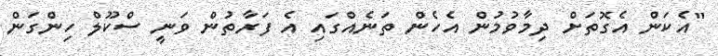
"އެކަން އެގޮތަށް ދިމާވުމުން އެހެން ތަނެއްގައި އެ ފަރާތުން ވަނީ ސްކޫލް ހިންގަން